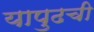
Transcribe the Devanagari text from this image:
यापुढची